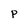
Character: P